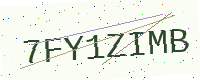
Text: 7FY1ZIMB